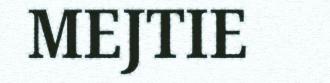
MEJTIE